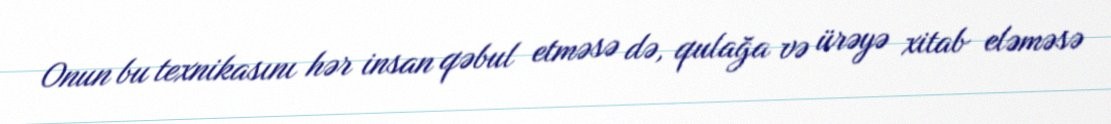
Onun bu texnikasını hər insan qəbul etməsə də, qulağa və ürəyə xitab eləməsə